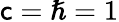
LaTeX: \mathsf{c}=\hslash=1